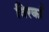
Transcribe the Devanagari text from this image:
विरकाँ